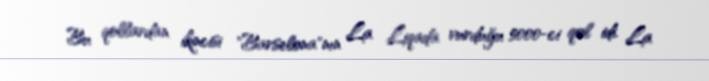
Bu qollardan ikincisi "Barselona"nın La Liqada vurduğu 5000-ci qol idi. La